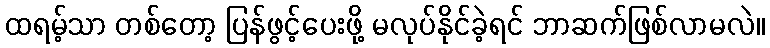
ထရမ့်သာ တစ်တော့ ပြန်ဖွင့်ပေးဖို့ မလုပ်နိုင်ခဲ့ရင် ဘာဆက်ဖြစ်လာမလဲ။